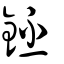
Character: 鉟